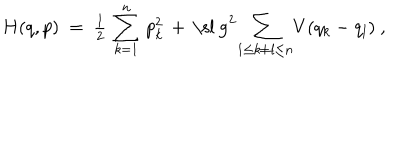
H ( q , p ) ~ = ~ { \textstyle { \frac { 1 } { 2 } } } \, \sum _ { k = 1 } ^ { n } \, p _ { k } ^ { 2 } \, + \, \mathrm { \ s l ~ g } ^ { 2 } \! \sum _ { 1 \leq k \neq l \leq n } \! V ( q _ { k } - q _ { l } ) ~ ,